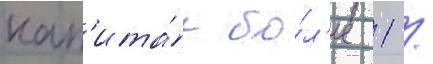
кап'ита́л бо́л'ее 1 /